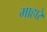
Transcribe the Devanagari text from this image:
माहारे